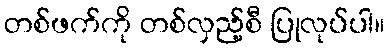
တစ်ဖက်ကို တစ်လှည့်စီ ပြုလုပ်ပါ။